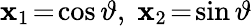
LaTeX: \mathbf{x}_{1}\! =\! \cos\vartheta,\; \mathbf{x}_{2}\! =\! \sin\vartheta